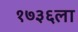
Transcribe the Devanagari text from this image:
१७३६ला